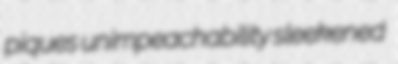
piques unimpeachability sleekened